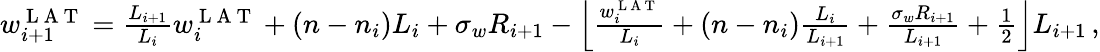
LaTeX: \begin{array}{r}{w_{i+1}^{\mathrm{~L~A~T~}}=\frac{L_{i+1}}{L_{i}}w_{i}^{\mathrm{~L~A~T~}}+(n-n_{i})L_{i}+\sigma_{w}R_{i+1}-\left\lfloor\frac{w_{i}^{\mathrm{~L~A~T~}}}{L_{i}}+(n-n_{i})\frac{L_{i}}{L_{i+1}}+\frac{\sigma_{w}R_{i+1}}{L_{i+1}}+\frac{1}{2}\right\rfloor L_{i+1}\, ,}\end{array}